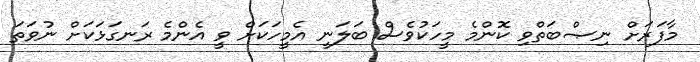
މާފަރަށް ނިޞްބަތްވި ކޮންމެ މީހަކުވެސް ބަލަނީ އެމީހަކަށް ވީ އެންމެ ރަނގަޅަކަށް ނުވަތަ